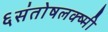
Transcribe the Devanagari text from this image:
६संतोषलक्ष्मी